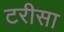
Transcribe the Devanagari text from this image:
टरीसा